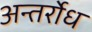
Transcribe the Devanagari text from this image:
अन्तर्रोध